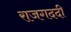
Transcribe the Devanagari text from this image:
राजगददी